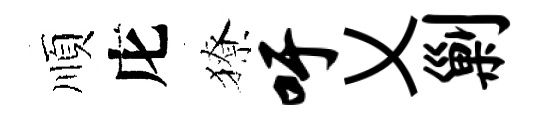
順庀獠吁乂剿